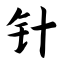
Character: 针